Veterinary [1909] -
Year: 1909
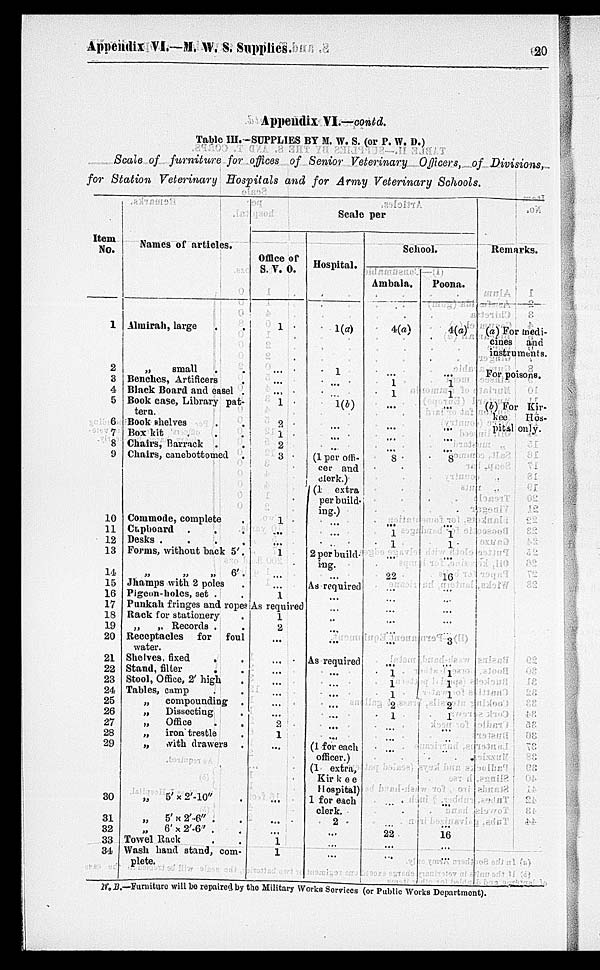
Appendix VI.—M. W. S. Supplies.
20
Appendix VI.—contd.
Table III.—SUPPLIES BY M. W. S. (or P. W. D.)
Scale of furniture for offices of Senior Veterinary
Officers, of
Divisions,
for Station Veterinary Hospitals and for Army Veterinary Schools.
Item
No.
1
2
3
4
5
6
7
8
9
10
11
12
13
14
15
16
17
18
19
20
21
22
23
24
25
26
27
28
29
30
31
32
33
34
Names of articles.
Almirah, large . .
„
small . .
Benches, Artificers
Black Board and easel .
Book case, Library pat-
tern.
Book shelves . .
Box kit . . .
Chairs, 13 arrack . .
Chairs, canebottomed .
Commode, complete
Cupboard . . .
Desks
.
.
.
.
Forms, without back 5'.
„ „ „ 6.
Jhamps with 2 poles .
Pigeon-holes, set . .
Punkah fringes and ropes
Rack for stationery
„
„ Records . .
Receptacles
for foul
water.
Shelves,
fixed
. .
Stand, filter . .
Stool, Office, 2' high .
Tables, camp . .
„
compounding .
„
Dissecting .
„
Office
.
.
„
iron trestle .
„ with drawers .
„
5' × 2'-10" .
„
5' × 2'-6" .
„
6' × 2'-6' .
Towel Rack
Wash hand stand, com-
plete.
Scale per
Office of
S. V. O.
1
...
...
...
1
2
1
2
3
1
...
1
1
As required
1
2
...
...
...
...
...
...
...
...
2
1
...
...
...
...
1 1
Hospital.
1(a)
1
...
...
1(b)
...
...
...
(1 per offi-
cer and
clerk.)
(1 extra
per build-
ing.)
...
...
2 per build-
ing.
As required
...
...
...
...
...
As required
...
...
...
...
...
...
(1 for each
officer.)
(1 extra,
Kirkee
Hospital)
1 for each
clerk.
2
...
...
...
School.
Ambala.
4(a)
...
1
1
...
...
...
...
8
...
1 1
...
22
...
...
...
...
...
...
...
1
1
1
2
1
...
...
...
22
...
...
Poona.
4(a)
...
1
1
...
...
...
...
8
...
1 1
...
16
...
...
...
...
3
...
1
1
1
2
1
...
...
...
...
16
...
...
Remarks.
(a) For medi-
cines and
instruments.
For poisons.
(b) For Kir-
kee
Hos-
pital only.
N. B.—Furniture will be repaired by the Military Works Services (or Public Works Department).